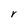
Character: r